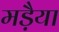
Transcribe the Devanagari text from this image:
मड़ैया